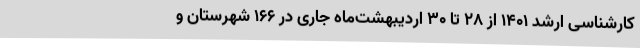
کارشناسی ارشد ۱۴۰۱ از ۲۸ تا ۳۰ اردیبهشت‌ماه جاری در ۱۶۶ شهرستان و